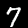
Digit: 7